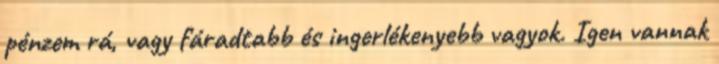
pénzem rá, vagy fáradtabb és ingerlékenyebb vagyok. Igen vannak